Report of an investigation into the causes of malaria in Bombay and the measures necessary for its control
Disease focus: Malaria
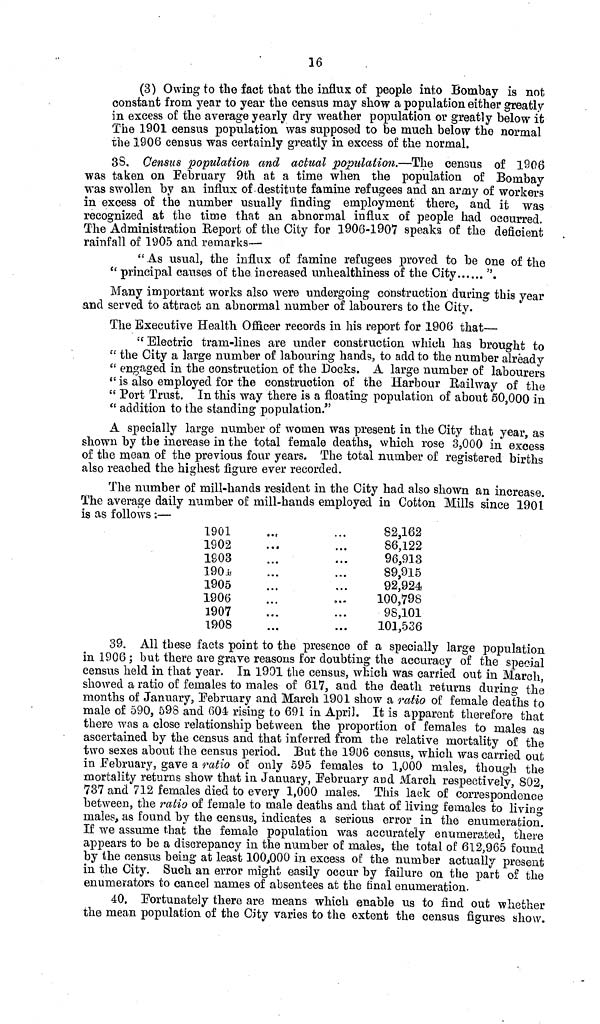
16
(3) Owing to the fact that the influx of people into Bombay is not
constant from year to year the census may show a population either greatly
in excess of the average yearly dry weather population or greatly below it
The 1901 census population was supposed to be much below the normal
the 1906 census was certainly greatly in excess of the normal.
38. Census population and actual population.—The census of 1906
was taken on February 9th at a time when the population of Bombay
was swollen by an influx of destitute famine refugees and an army of worker
in excess of the number usually finding employment there, and it was
recognized at the time that an abnormal influx of people had occurred.
The Administration Report of the City for 1906-1907 speaks of the deficient
rainfall of 1905 and remarks—
" As usual, the influx of famine refugees proved to be one of the
" principal causes of the increased unhealthiness of the City
".
Many important works also were undergoing construction during this year
and served to attract an abnormal number of labourers to the City.
The Executive Health Officer records in his report for 1906 that—
"Electric tram-lines are under construction which has brought to
" the City a large number of labouring hands, to add to the number already
" engaged in the construction of the Docks. A large number of labourers
" is also employed for the construction of the Harbour Railway of the
" Port Trust. In this way there is a floating population of about 50,000 in
" addition to the standing population."
A specially large number of women was present in the City that year, as
shown by the increase in the total female deaths, which rose 3,000 in excess
of the mean of the previous four years. The total number of registered births
also reached the highest figure ever recorded.
The number of mill-hands resident in the City had also shown an increase.
The average daily number of mill-hands employed in Cotton Mills since 1901
is as follows :—
1901
1902
1903
1904
1905
1906
1907
1908
82,162
86,122
96,913
89,915
92,924
100,798
98,101
101,536
39. All these facts point to the presence of a specially large population
in 1906 ; but there are grave reasons for doubting the accuracy of the special
census held in that year. In 1901 the census, which was carried out in March,
showed a ratio of females to males of 617, and the death returns during the
months of January, February and March 1901 show a ratio of female deaths to
male of 590, 598 and 604 rising to 691 in April. It is apparent therefore that
there was a close relationship between the proportion of females to males as
ascertained by the census and that inferred from the relative mortality of the
two sexes about the census period. But the 1906 census, which was carried out
in February, gave a ratio of only 595 females to 1,000 males, though the
mortality returns show that in January, February and March respectively, 802,
737 and 712 females died to every 1,000 males. This lack of correspondence
between, the ratio of female to male deaths and that of living females to living
males, as found by the census, indicates a serious error in the enumeration.
If we assume that the female population was accurately enumerated, there
appears to be a discrepancy in the number of: males, the total of 612,965 found
by the census being at least 100,000 in excess of the number actually present
in the City. Such an error might easily occur by failure on the part of the
enumerators to cancel names of absentees at the final enumeration,
40. Fortunately there are means which enable us to find out whether
the mean population of the City varies to the extent the census figures show.